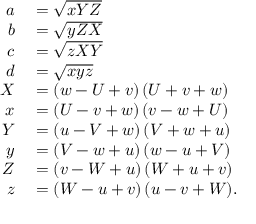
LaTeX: \begin{array} { r l } { a } & { { } = { \sqrt { x Y Z } } } \\ { b } & { { } = { \sqrt { y Z X } } } \\ { c } & { { } = { \sqrt { z X Y } } } \\ { d } & { { } = { \sqrt { x y z } } } \\ { X } & { { } = ( w - U + v ) \, ( U + v + w ) } \\ { x } & { { } = ( U - v + w ) \, ( v - w + U ) } \\ { Y } & { { } = ( u - V + w ) \, ( V + w + u ) } \\ { y } & { { } = ( V - w + u ) \, ( w - u + V ) } \\ { Z } & { { } = ( v - W + u ) \, ( W + u + v ) } \\ { z } & { { } = ( W - u + v ) \, ( u - v + W ) . } \end{array}